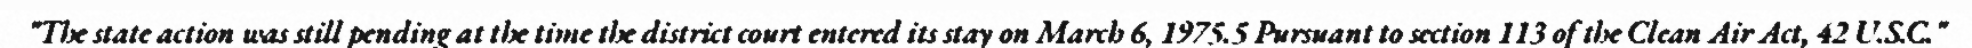
"The state action was still pending at the time the district court entered its stay on March 6, 1975.5 Pursuant to section 113 of the Clean Air Act, 42 U.S.C."